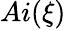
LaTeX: Ai(\xi)